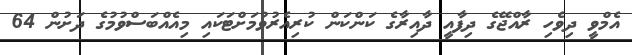
އެމްވީ ދިވެހި ރާއްޖޭގެ ދިފާއީ ދާއިރާގެ ކަންކަން ކުރިއެރުވުމަށްޓަކައި މިއެއްބަސްވުމުގެ ދަށުން 64